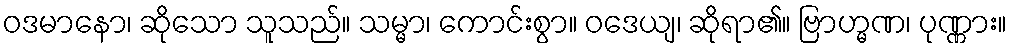
ဝဒမာနော၊ ဆိုသော သူသည်။ သမ္မာ၊ ကောင်းစွာ။ ဝဒေယျ၊ ဆိုရာ၏။ ဗြာဟ္မဏ၊ ပုဏ္ဏား။